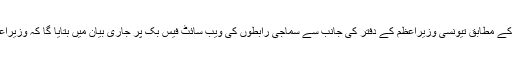
فرانسیسی خبررساں ایجنسی ’اے ایف پی‘ کی رپورٹ کے مطابق تیونسی وزیراعظم کے دفتر کی جانب سے سماجی رابطوں کی ویب سائٹ فیس بک پر جاری بیان میں بتایا گا کہ وزیراعظم یوسف شاہد نے عبدالرؤف کا استعفیٰ منظور کردیا۔